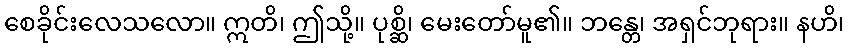
စေခိုင်းလေသလော။ ဣတိ၊ ဤသို့။ ပုစ္ဆိ၊ မေးတော်မူ၏။ ဘန္တေ၊ အရှင်ဘုရား။ နဟိ၊